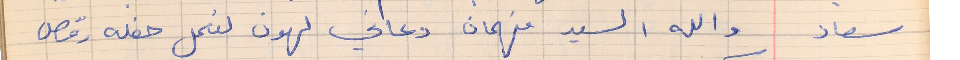
سعاد     والله السيد فهمان دعاني لهون لنعمل حفله رقص